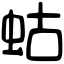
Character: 蛄